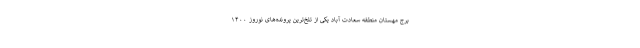
برج مهستان منطقه سعادت آباد یکی از تلخ‌ترین پرونده‌های نوروز ۱۴۰۰